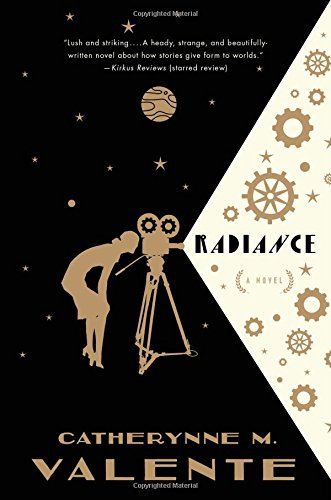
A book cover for Radiance: A Novel; Catherynne M. Valente; Science Fiction & Fantasy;